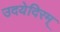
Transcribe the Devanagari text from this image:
उदयेदिरम्